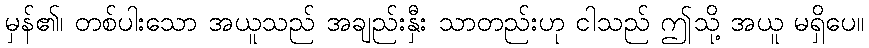
မှန်၏၊ တစ်ပါးသော အယူသည် အချည်းနှီး သာတည်းဟု ငါသည် ဤသို့ အယူ မရှိပေ။